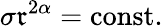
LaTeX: \sigma\mathfrak{r}^{2\alpha}=\mathrm{{const}}.